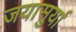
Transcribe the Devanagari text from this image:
जयासुर्या